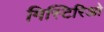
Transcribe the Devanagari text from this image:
मिस्टिरिओ